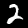
Label: 2